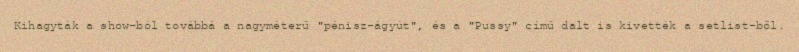
Kihagyták a show-ból továbbá a nagyméterű "pénisz-ágyút", és a "Pussy" című dalt is kivették a setlist-ből.